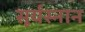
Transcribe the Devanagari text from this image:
सूर्यस्नान